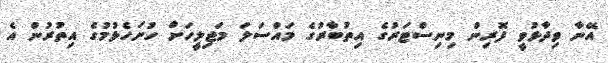
އޭނާ ވިދާޅުވީ ފޮރިން މިނިސްޓަރުގެ އިތުބާރުގެ މައްސަލަ މަޖިލީހަށް ހުށަހެޅުމުގެ އިތުރުން އެ